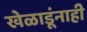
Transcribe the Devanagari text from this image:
खेळाडूंनाही